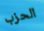
الحزب